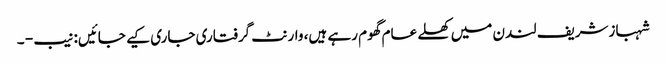
شہبازشریف لندن میں کھلے عام گھوم رہے ہیں، وارنٹ گرفتاری جاری کیے جائیں: نیب - ۔